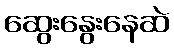
ဆွေးနွေးနေဆဲ